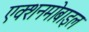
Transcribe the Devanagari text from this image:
एक्शनमोबाइल